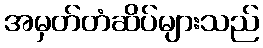
အမှတ်တံဆိပ်များသည်